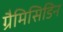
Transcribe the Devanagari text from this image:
ग्रैमिसिडिन